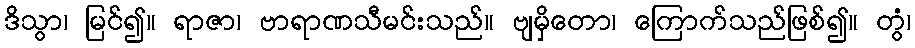
ဒိသွာ၊ မြင်၍။ ရာဇာ၊ ဗာရာဏသီမင်းသည်။ ဗျမှိတော၊ ကြောက်သည်ဖြစ်၍။ တွံ၊